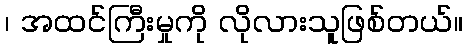
၊ အထင်ကြီးမှုကို လိုလားသူဖြစ်တယ်။